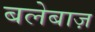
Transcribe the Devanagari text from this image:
बलेबाज़